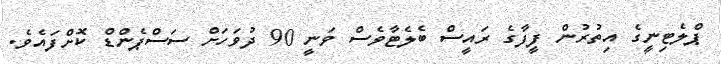
ޕްލެޓިނީގެ އިތުރުން ފީފާގެ ރައީސް ބެލެޓާވެސް ވަނީ 90 ދުވަހަށް ސަސްޕެންޑް ކޮށްފައެވެ.